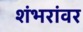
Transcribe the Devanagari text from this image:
शंभरांवर